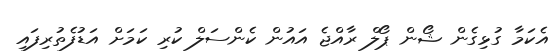
އެކަމާ ގުޅިގެން ޝޯން ޕޯލް ރާއްޖެ އައުން ކެންސަލް ކުރި ކަމަށް އަޑުފެތުރިފައި